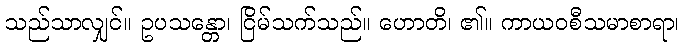
သည်သာလျှင်။ ဥပသန္တော၊ ငြိမ်သက်သည်။ ဟောတိ၊ ၏။ ကာယဝစီသမာစာရာ၊